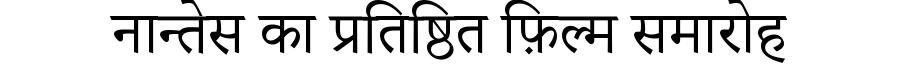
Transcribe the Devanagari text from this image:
नान्तेस का प्रतिष्ठित फ़िल्म समारोह